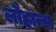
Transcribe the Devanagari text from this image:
लौहान्स